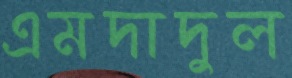
এমদাদুল